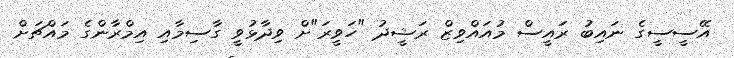
އޭސީސީގެ ނައިބު ރައީސް މުއައްވިޒް ރަޝީދު "ހަވީރަ"ށް ވިދާޅުވީ ގާސިމާއި އިމްރާންގެ މައްޗަށް